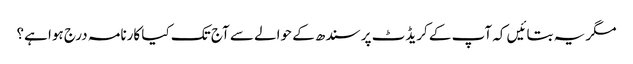
مگر یہ بتائیں کہ آپ کے کریڈٹ پر سندھ کے حوالے سے آج تک کیا کارنامہ درج ہوا ہے؟